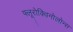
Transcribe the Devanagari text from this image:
फ्लूरोक्विनोलोन्स